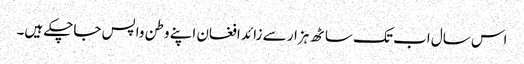
اس سال اب تک ساٹھ ہزار سے زائد افغان اپنے وطن واپس جاچکے ہیں۔